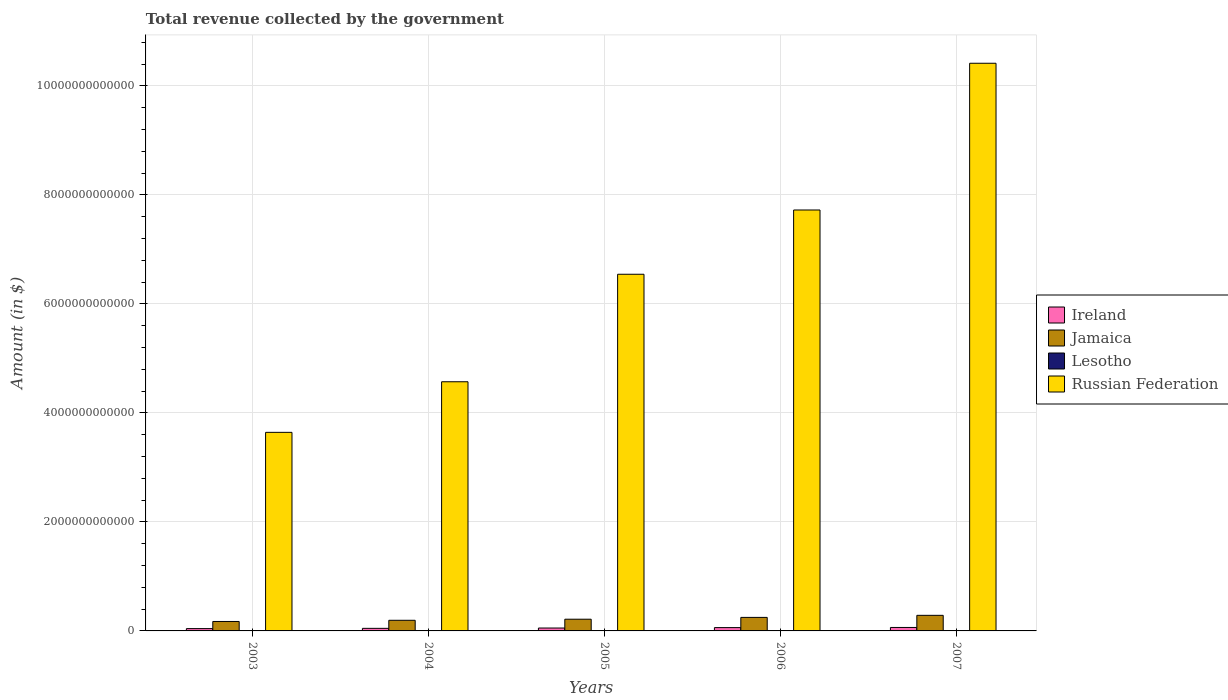
| Years | Ireland | Jamaica | Lesotho | Russian Federation |
 | --- | --- | --- | --- | --- |
 | 2003 | 4.25e+10 | 1.73e+11 | 3.47e+09 | 3.64e+12 |
 | 2004 | 4.73e+10 | 1.95e+11 | 4.25e+09 | 4.57e+12 |
 | 2005 | 5.32e+10 | 2.15e+11 | 4.53e+09 | 6.54e+12 |
 | 2006 | 6.09e+10 | 2.48e+11 | 6.49e+09 | 7.72e+12 |
 | 2007 | 6.36e+10 | 2.86e+11 | 7.13e+09 | 1.04e+13 |